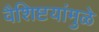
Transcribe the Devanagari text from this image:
वैशिष्टयांमुळे